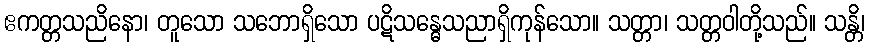
ဧကတ္တသညိနော၊ တူသော သဘောရှိသော ပဋိသန္ဓေသညာရှိကုန်သော။ သတ္တာ၊ သတ္တဝါတို့သည်။ သန္တိ၊